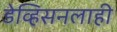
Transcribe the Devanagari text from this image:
डेव्हिसनलाही